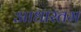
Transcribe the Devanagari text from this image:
आधारतम